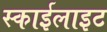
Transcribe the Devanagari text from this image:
स्‍काईलाइट